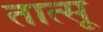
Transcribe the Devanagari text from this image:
तात्सू